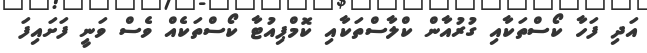
އަދި ފަހާ ކޯސްތަކާއި ގުރުއާން ކްލާސްތަކާއި ކޮމްޕިއުޓާ ކޯސްތަކެއް ވެސް ވަނީ ފަށައިފަ